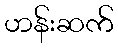
ဟန်းဆက်